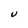
Character: U